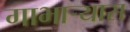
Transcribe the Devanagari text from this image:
गाभाऱ्यास